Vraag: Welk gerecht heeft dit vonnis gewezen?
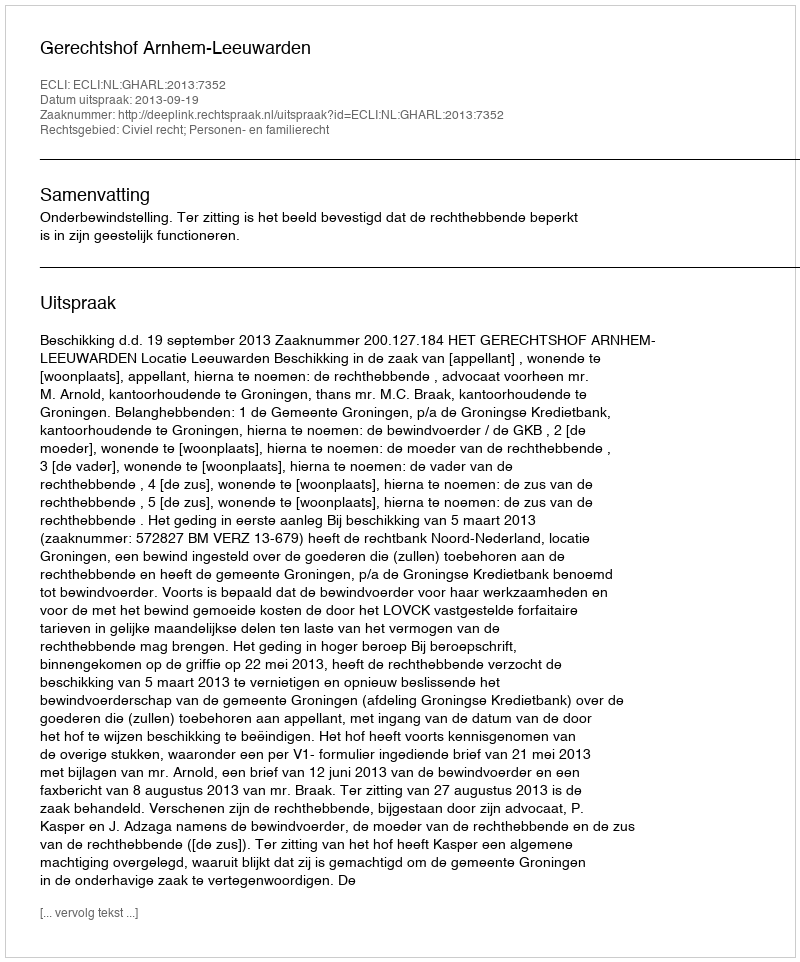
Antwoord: Gerechtshof Arnhem-Leeuwarden